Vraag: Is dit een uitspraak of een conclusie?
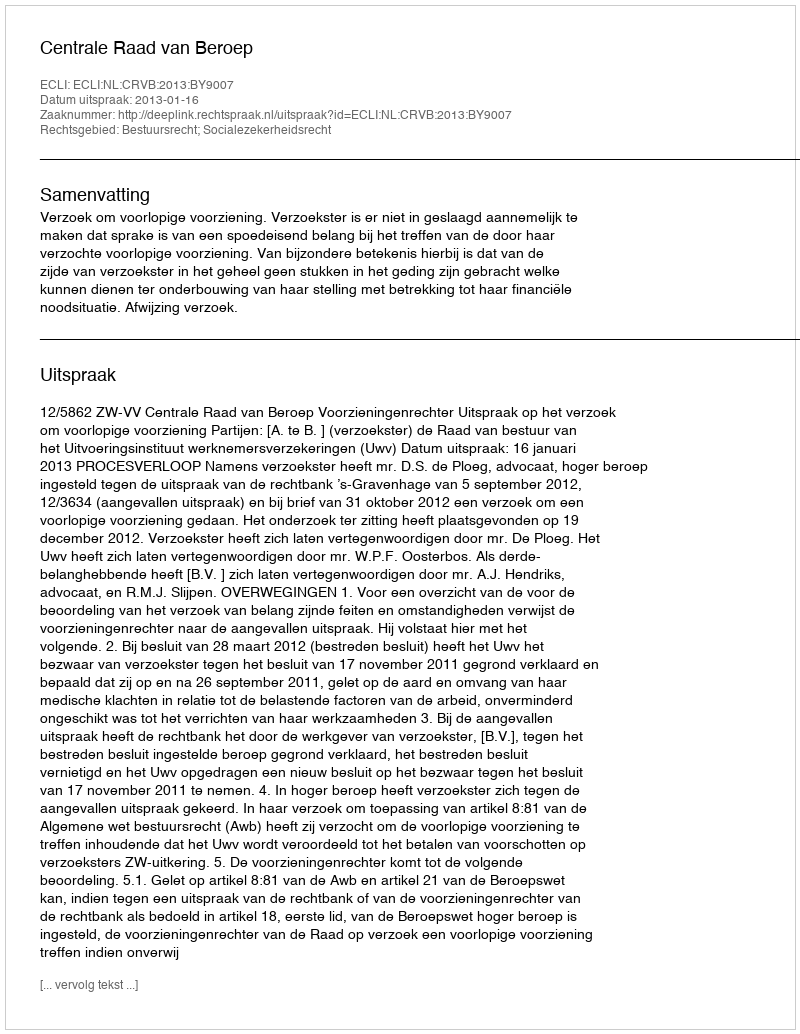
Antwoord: Uitspraak